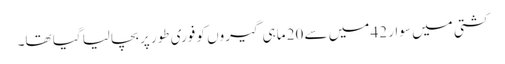
کشتی میں سوار 42 میں سے 20 ماہی گیروں کو فوری طور پر بچالیا گیا تھا۔